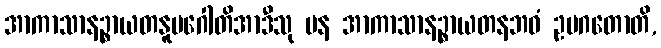
အာကာသာနဉ္စာယတနူပဂေါတိအာဒီသု ပန အာကာသာနဉ္စာယတနဘဝံ ဥပဂတောတိ,